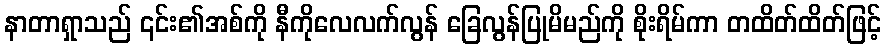
နာတာရှာသည် ၎င်း၏အစ်ကို နီကိုလေလက်လွန် ခြေလွန်ပြုမိမည်ကို စိုးရိမ်ကာ တထိတ်ထိတ်ဖြင့်